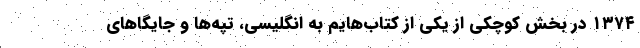
۱۳۷۴ در بخش کوچکی از یکی از کتاب‌هایم به انگلیسی، تپه‌ها و جایگاهای